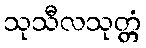
သုသီလသုတ္တံ